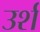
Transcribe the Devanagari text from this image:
उर्श